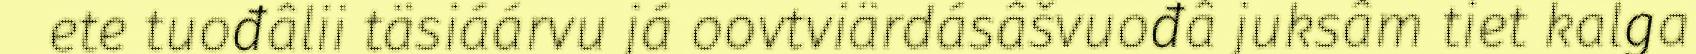
ete tuođâlii täsiáárvu já oovtviärdásâšvuođâ juksâm tiet kalga